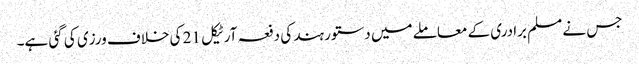
جس نے مسلم برادری کے معاملے میں دستور ہند کی دفعہ آرٹیکل 21 کی خلاف ورزی کی گئی ہے۔